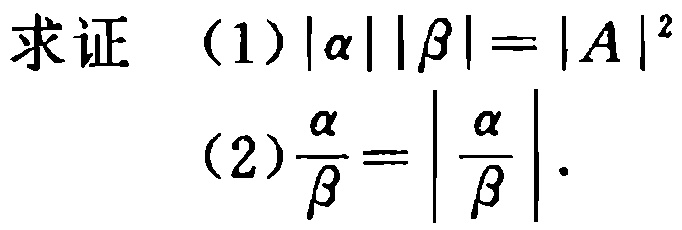
求证
（1）\(\vert\alpha\vert\vert\beta\vert = \vert A\vert^{2}\)
（2）\(\frac{\alpha}{\beta}=\left|\frac{\alpha}{\beta}\right|\)